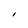
Character: I